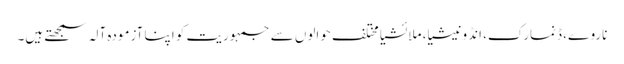
ناروے، ڈنمارک، انڈونیشیا، ملائشیا مختلف حوالوں سے جمہوریت کو اپنا آزمودہ آلہ سمجھتے ہیں۔